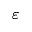
\varepsilon